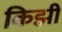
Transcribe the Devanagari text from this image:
किझी